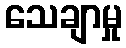
သေချာမှု